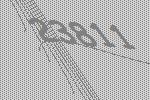
23811